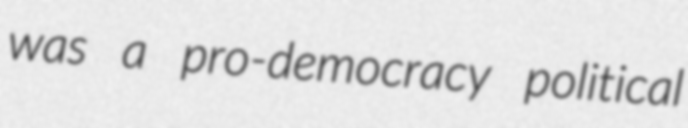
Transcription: was a pro-democracy political